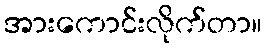
အားကောင်းလိုက်တာ။